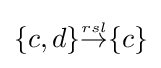
{\textstyle \{c,d\}{\stackrel {\scriptscriptstyle rsl}{\rightarrow }}\{c\}}